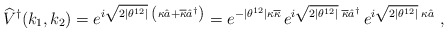
\begin{align*}\widehat{V}^{\dagger}(k_{1},k_{2})=e^{i\sqrt{2|\theta^{12}|}\; \left(\kappa\hat{a}+\overline{\kappa}\hat{a}^{\dagger}\right)}= e^{-|\theta^{12}|\kappa\overline{\kappa}}\,e^{i\sqrt{2|\theta^{12}|}\; \overline{\kappa}\hat{a}^{\dagger}}\,e^{i\sqrt{2|\theta^{12}|}\; \kappa \hat{a}}~,\end{align*}